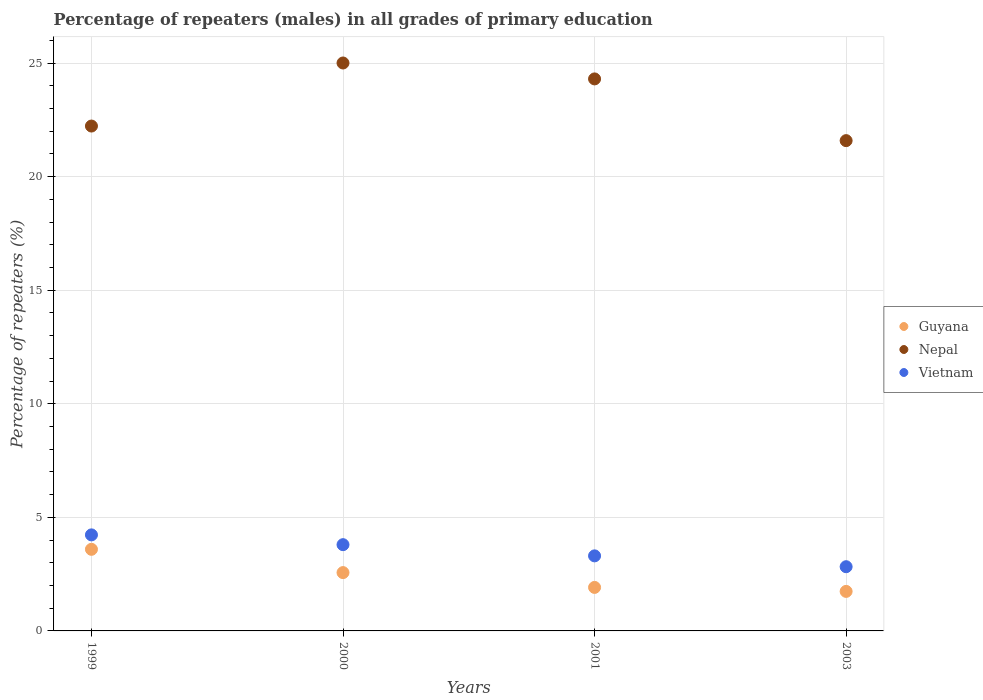
| Years | Guyana | Nepal | Vietnam |
 | --- | --- | --- | --- |
 | 1999 | 3.59 | 22.2 | 4.23 |
 | 2000 | 2.57 | 25 | 3.8 |
 | 2001 | 1.92 | 24.3 | 3.3 |
 | 2003 | 1.74 | 21.6 | 2.83 |